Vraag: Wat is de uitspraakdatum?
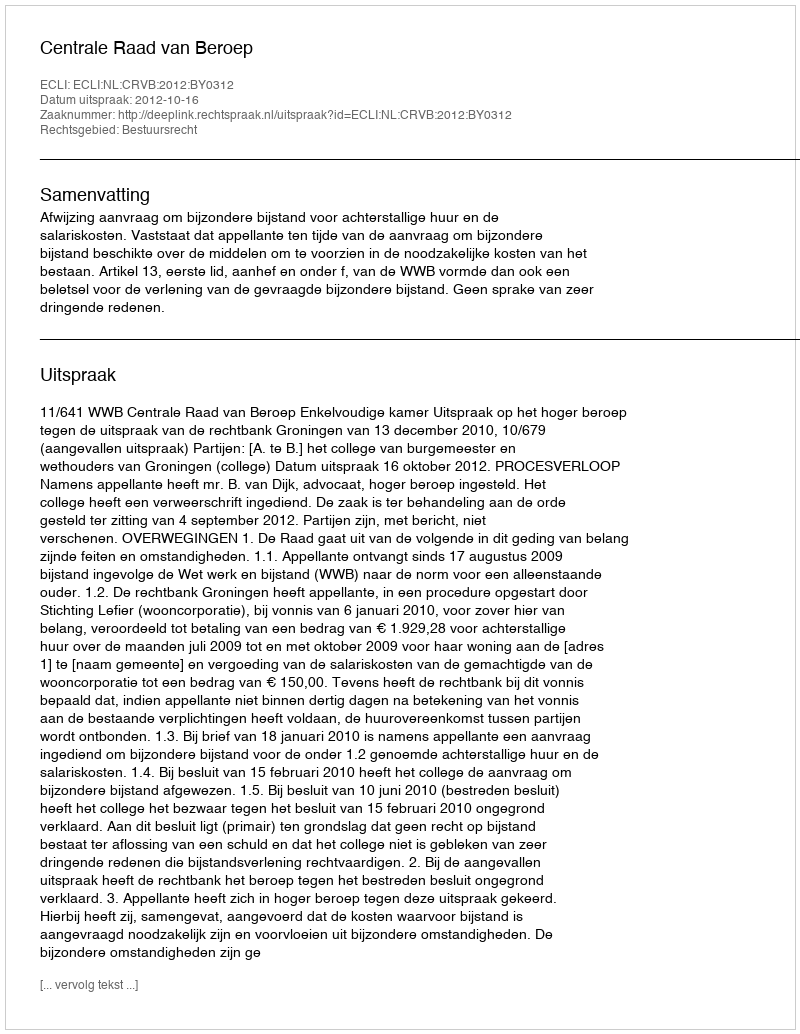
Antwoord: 2012-10-16